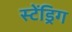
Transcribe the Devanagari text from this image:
स्टेंड्रिग